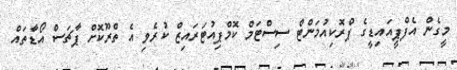
މީގެން އެފްޕީއައިޑީގެ ޕްރޮކިއުމަންޓް ސިސްޓަމް ކޮމްޕިއުޓަރައިޒް ކުރެވި އެ ތްރޫކޮށް ޕާޗަސް އޯޑާތައް